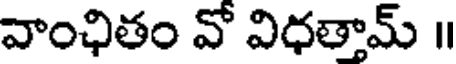
వాంఛితం వో విధతామ్ ॥